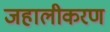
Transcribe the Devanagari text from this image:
जहालीकरण